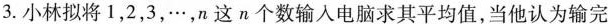
3.小林拟将1，2，3，…，n这n个数输入电脑求其平均值，当他认为输完